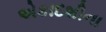
એકાદશીના